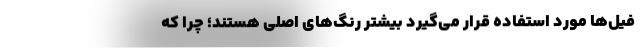
فیل‌ها مورد استفاده قرار می‌گیرد بیشتر رنگ‌های اصلی هستند؛ چرا که